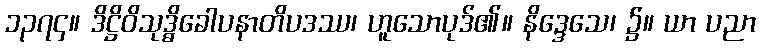
၁၃၇၄။ ဒိဋ္ဌိဝိသုဒ္ဓိခေါပနာတိပဒဿ၊ ဟူသောပုဒ်၏။ နိဒ္ဒေသေ၊ ၌။ ယာ ပညာ